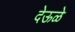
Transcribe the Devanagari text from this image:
देऊळे